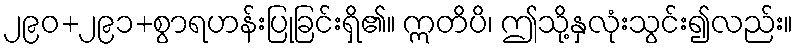
၂၉၀+၂၉၁+စွာရဟန်းပြုခြင်းရှိ၏။ ဣတိပိ၊ ဤသို့နှလုံးသွင်း၍လည်း။